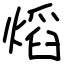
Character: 熖